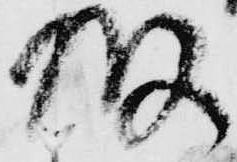
坂